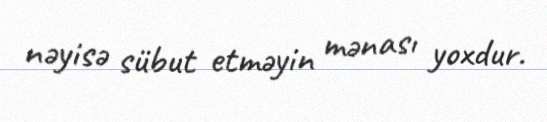
nəyisə sübut etməyin mənası yoxdur.